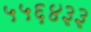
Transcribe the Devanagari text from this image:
५५६४३३